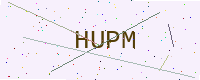
Text: HUPM